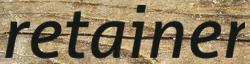
retainer